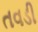
તવડી